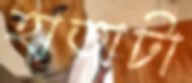
হাতাটা